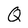
Character: Q